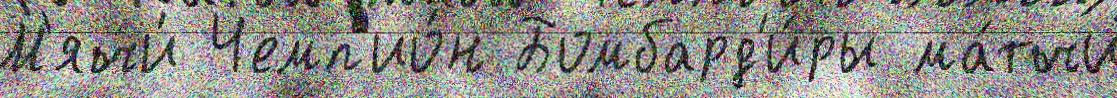
М'ячи́ Чемп'ио́н Бомбард'и́ры ма́тчи